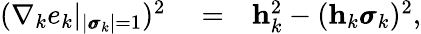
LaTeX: \begin{array}{rlr}{(\nabla_{k}e_{k}|_{|\pmb{\sigma}_{k}|=1})^{2}}&{{}=}&{\mathbf h_{k}^{2}-(\mathbf h_{k}\pmb{\sigma}_{k})^{2},}\end{array}